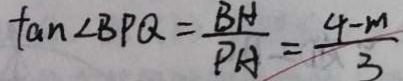
\tan \angle B P Q = \frac { B H } { P A } = \frac { 4 - m } { 3 }